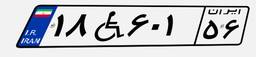
۲۰W۵۰۸۳۴